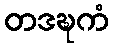
တဒဍ္ဎကံ